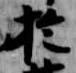
於